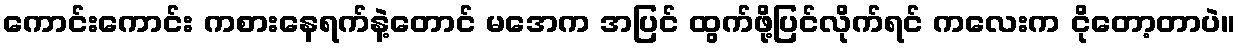
ကောင်းကောင်း ကစားနေရက်နဲ့တောင် မအေက အပြင် ထွက်ဖို့ပြင်လိုက်ရင် ကလေးက ငိုတော့တာပဲ။